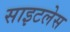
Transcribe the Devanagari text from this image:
साइटलेस